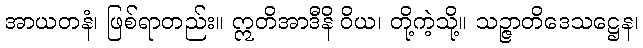
အာယတနံ၊ ဖြစ်ရာတည်း။ ဣတိအာဒီနိ ဝိယ၊ တို့ကဲ့သို့။ သဉ္ဇာတိဒေသဋ္ဌေန၊